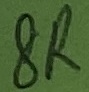
Text: 8R